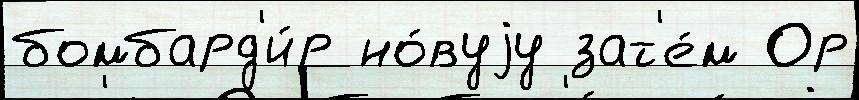
бомбард'и́р но́вуjу зат'е́м Ор